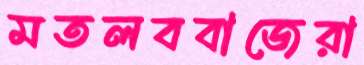
মতলববাজেরা